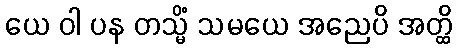
ယေ ဝါ ပန တသ္မိံ သမယေ အညေပိ အတ္ထိ